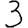
Digit: 3